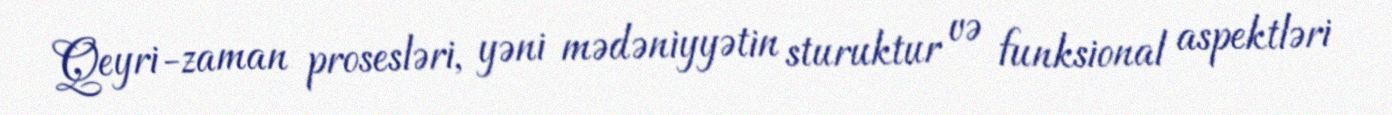
Qeyri-zaman prosesləri, yəni mədəniyyətin sturuktur və funksional aspektləri